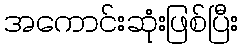
အကောင်းဆုံးဖြစ်ပြီး